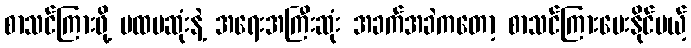
စာသင်ကြားဖို့ ပထမဆုံးနဲ့ အရေးအကြီးဆုံး အခက်အခဲကတော့ စာသင်ကြားပေးနိုင်မယ့်